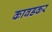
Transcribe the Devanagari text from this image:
कावडकर